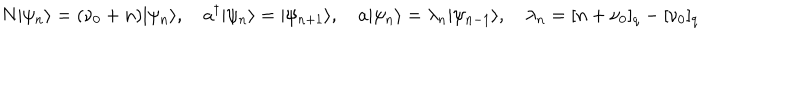
LaTeX: N | \psi _ { n } \rangle = ( \nu _ { 0 } + n ) | \psi _ { n } \rangle , \quad a ^ { \dagger } | \psi _ { n } \rangle = | \psi _ { n + 1 } \rangle , \quad a | \psi _ { n } \rangle = \lambda _ { n } | \psi _ { n - 1 } \rangle , \quad \lambda _ { n } = [ n + \nu _ { 0 } ] _ { q } - [ \nu _ { 0 } ] _ { q }